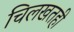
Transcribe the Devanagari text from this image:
चिलखतही